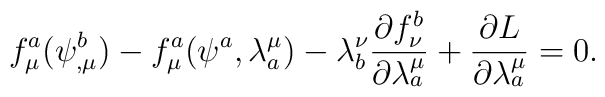
f_{\mu }^{a}(\psi _{,\mu }^{b})-f_{\mu }^{a}(\psi ^{a},\lambda_{a}^{\mu })-\lambda _{b}^{\nu }\frac{\partial f_{\nu}^{b}}{\partial \lambda _{a}^{\mu }}+\frac{\partial L}{\partial\lambda _{a}^{\mu }}=0.